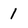
Character: 1